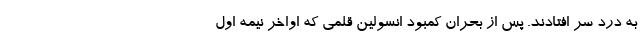
به درد سر افتادند. پس از بحران کمبود انسولین قلمی که اواخر نیمه اول